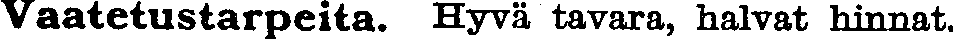
Vaatetustarpeita. Hyvä tavara, halvat hinnat.